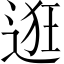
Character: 逛